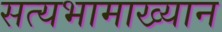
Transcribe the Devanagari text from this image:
सत्यभामाख्यान